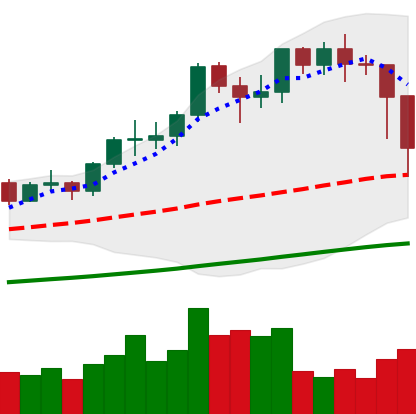
Ticker: LTC-USD
Chart end date: 2021-02-23
Forward return: -6.786%
Label: down_5_7